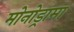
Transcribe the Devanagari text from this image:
मोनोड्रामा